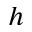
h